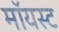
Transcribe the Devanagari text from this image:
मॉयस्ट